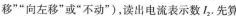
移””向2 左"或”不动”)，读出电流表示数I_{2}，先算